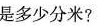
是多少分米?